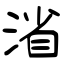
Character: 渻